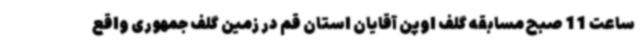
ساعت 11 صبح مسابقه‌ گلف اوپن آقایان استان قم در زمین گلف جمهوری واقع